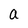
Character: a